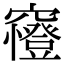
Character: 𥨰